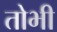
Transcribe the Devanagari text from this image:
तोभी